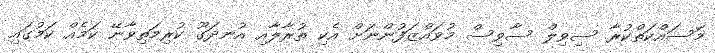
މަސައްކަތްކުރާ ސިވިލް ސާވިސް މުވައްޒަފުންނަށް އެކި ތުރާލާއި އުނދަގޫ ކުރިމަތިވާނޭ ކަމެއް ކަމުގައި